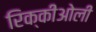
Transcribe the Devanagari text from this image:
रिक्कीओली